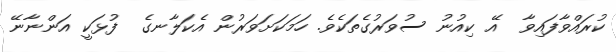
ކުރައްވާފައިވާ  އޭ ކިއުނު ސުވަރުގެތަކެވެ. ހަމަކަށަވަރުން އެކަލާނގެ  ފުޅަކީ އަންނާނޭ